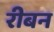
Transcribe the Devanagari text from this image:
रीबन